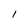
Character: I